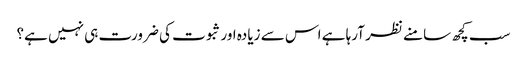
سب کچھ سامنے نظر آرہا ہے اس سے زیادہ اور ثبوت کی ضرورت ہی نہیں ہے؟